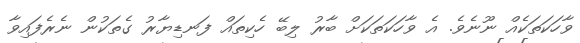
ވާހަކަތަކެއް ނޫނެވެ. އެ ވާހަކަތަކަށް ބާރު ލިބޭ ހެކިތައް ފަނޑިޔާރު ގެތަކުން ނެރެފައިވާ